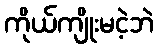
ကိုယ်ကျိုးမငဲ့ဘဲ